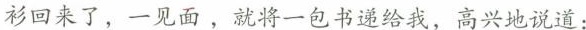
衫回来了，一见面，就将一包书递给我，高兴地说道：